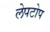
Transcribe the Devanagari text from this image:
लेपटोप